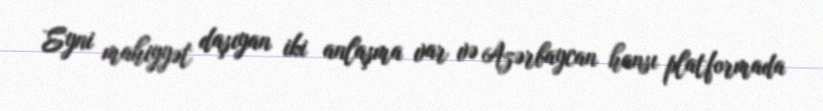
Eyni mahiyyət daşıyan iki anlaşma var və Azərbaycan hansı platformada